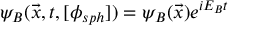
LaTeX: \psi _ { B } ( { \vec { x } } , t , [ \phi _ { s p h } ] ) = \psi _ { B } ( \vec { x } ) e ^ { i E _ { B } t }